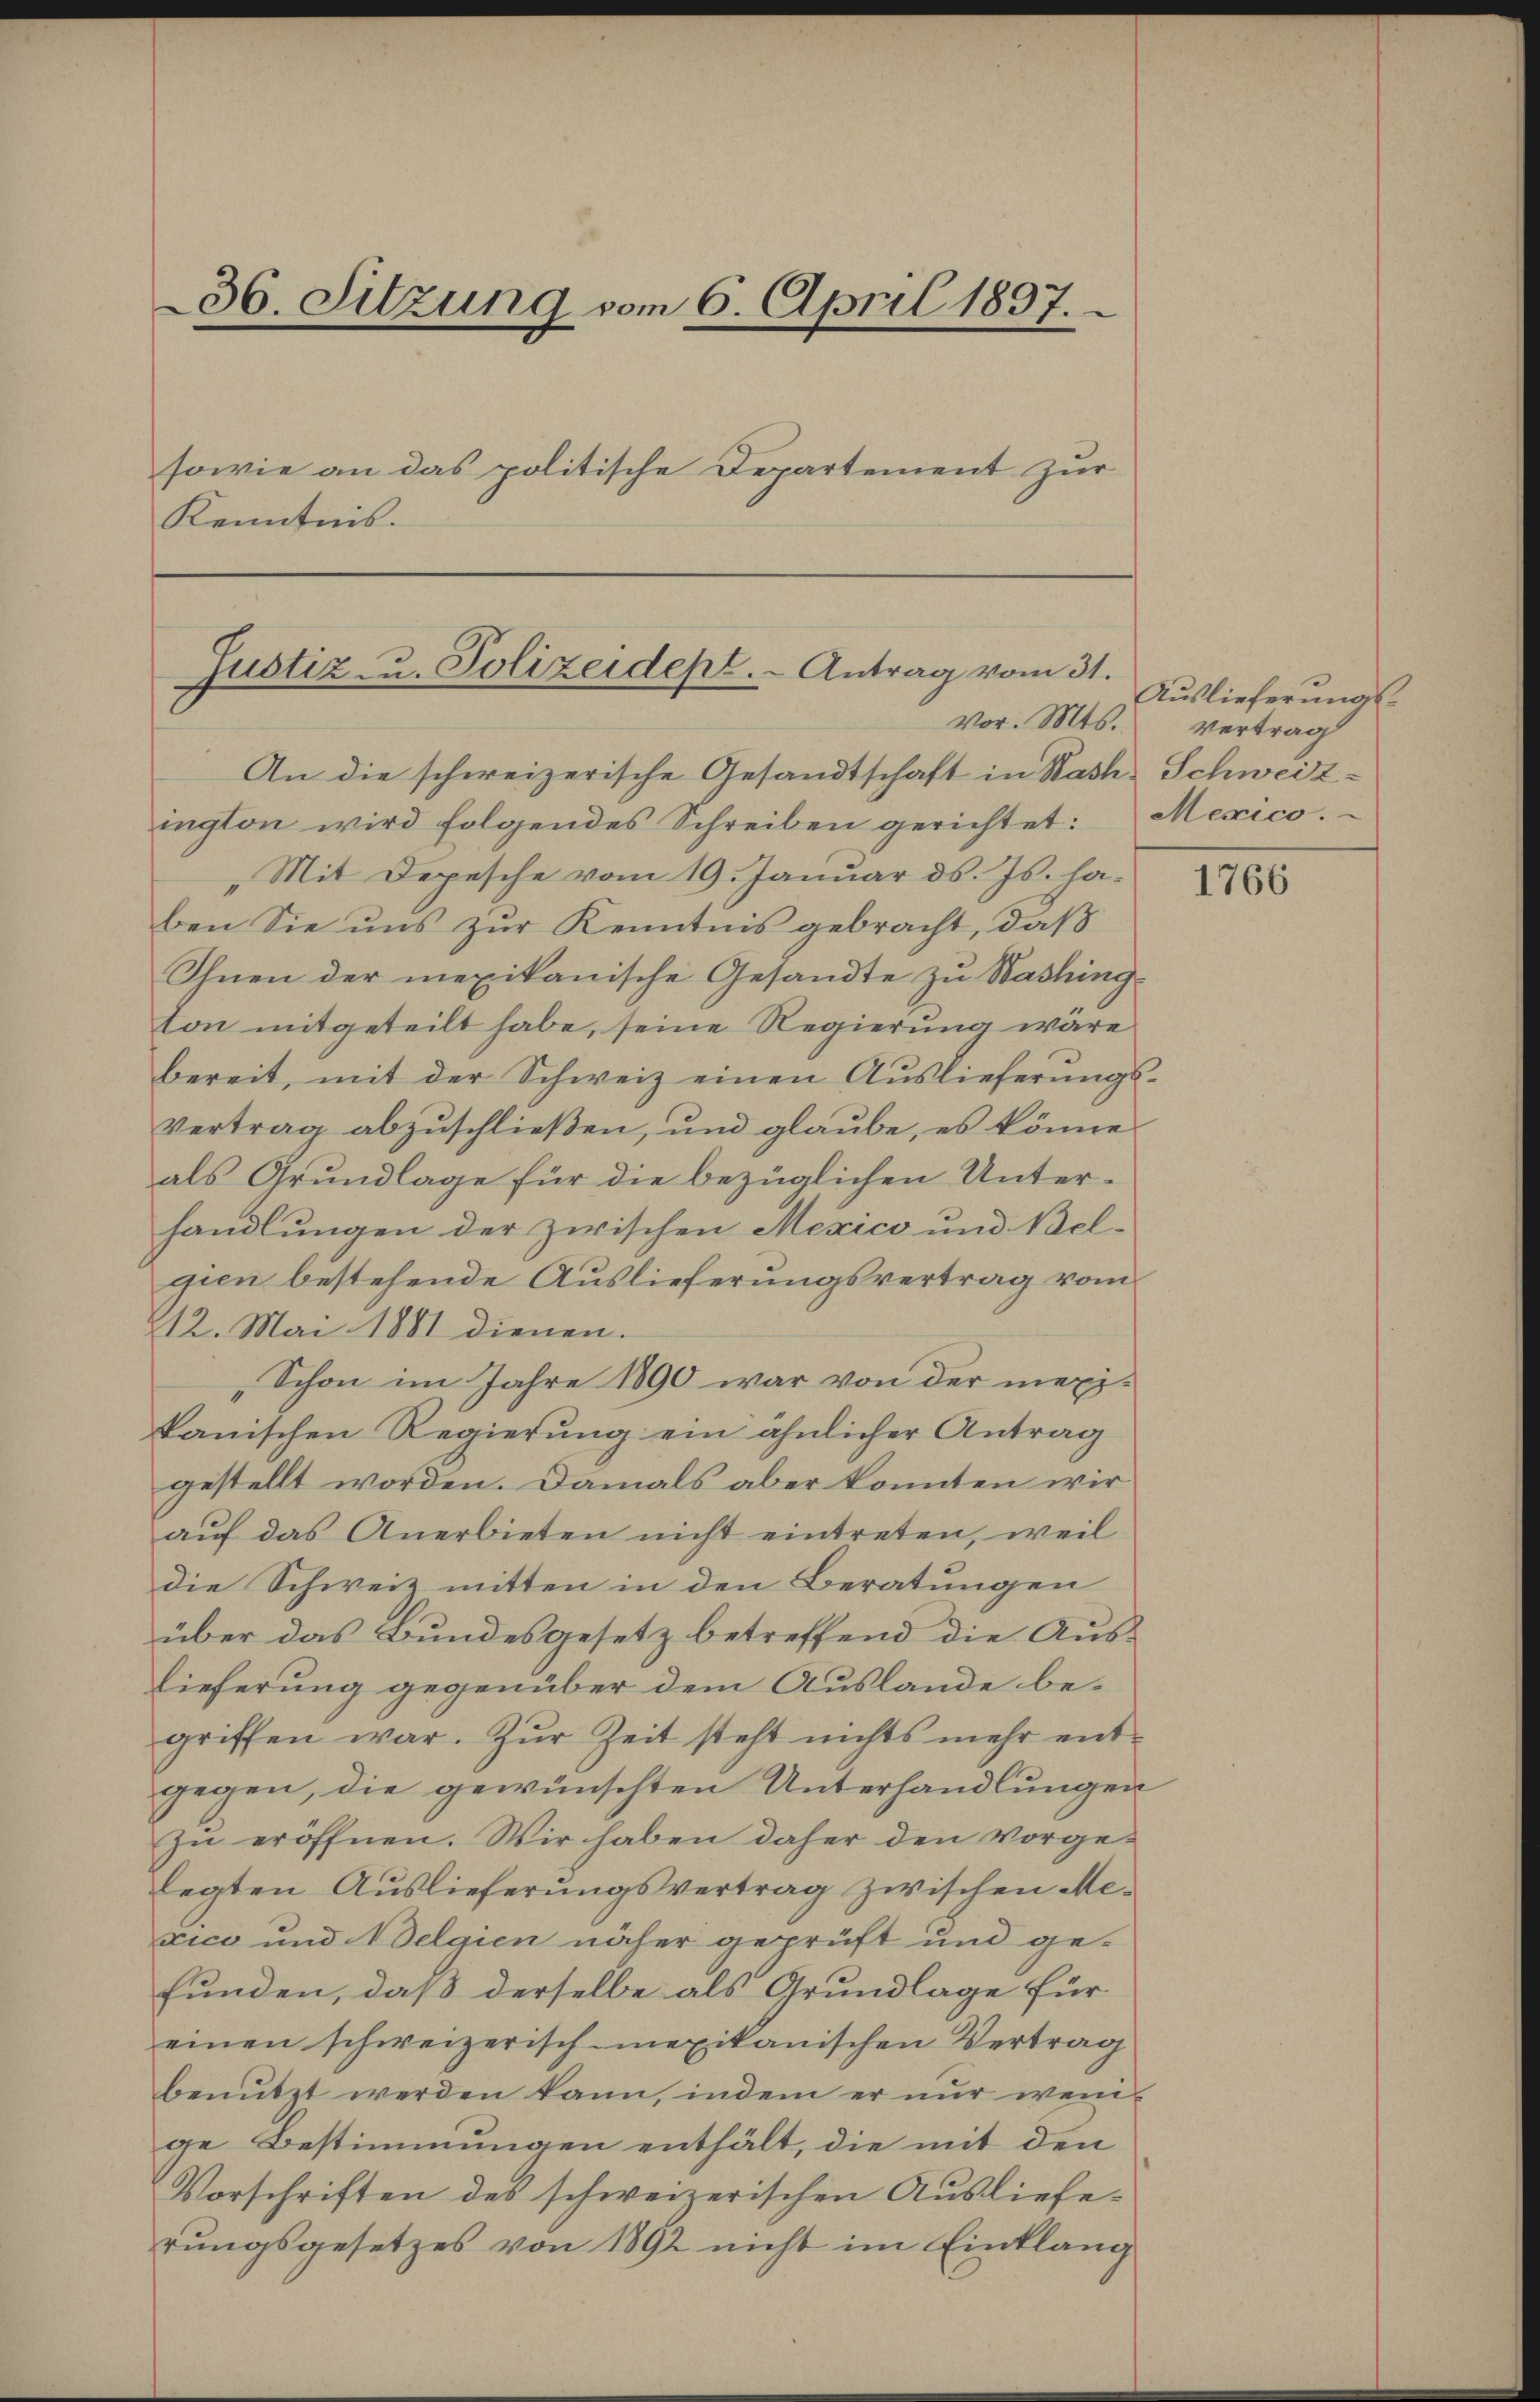
36. Sitzung vom 6. April 1897.
sowie an das politische Departement zur
Kenntnis.

Justiz- u. Polizeidept. - Antrag vom 31.
vor. Mts. vertrag

An die schweizerische Gesandtschaft in Nach Schweizington wird folgendes Schreiben gerichtet: Mexico.
Mit Depesche vom 19. Januar d. Js. haben Sie uns zur Kenntnis gebracht, daß
Ihnen der mexikanische Gesandte zu Washington mitgeteilt habe, seine Regierung wäre
bereit, mit der Schweiz einen Aŭslieferŭngs-
vertrag abzuschließen, und glaube, es könne
als Grundlage für die bezüglichen Unterhandlungen der zwischen Mexico und Bel-
gien bestehende Auslieferungsvertrag vom
12. Mai 1881 dienen.
Schon im Jahre 1890 war von der mexikanischen Regierung ein ähnlicher Antrag
gestellt worden. Damals aber konnten wir
aŭf das Anerbieten nicht eintreten, weil
die Schweiz mitten in den Beratungen
über das Bundesgesetz betreffend die Auslieferung gegenüber dem Auslande be-
griffen war. Zŭr Zeit steht nichts mehr ent-
gegen, die gewünschten Unterhandlungen
zu eröffnen. Wir haben daher den vorge-
legten Auslieferungsvertrag zwischen Mexico und Belgien näher geprüft und ge-
funden, daß derselbe als Grundlage für
einen schweizerisch-mexikanischen Vertrag
benutzt werden kann, indem er nur wenige Bestimmungen enthält, die mit den
Vorschriften des schweizerischen Auslieferungsgesetzes von 1892 nicht im Einklang

Auslieferungs¬

1766